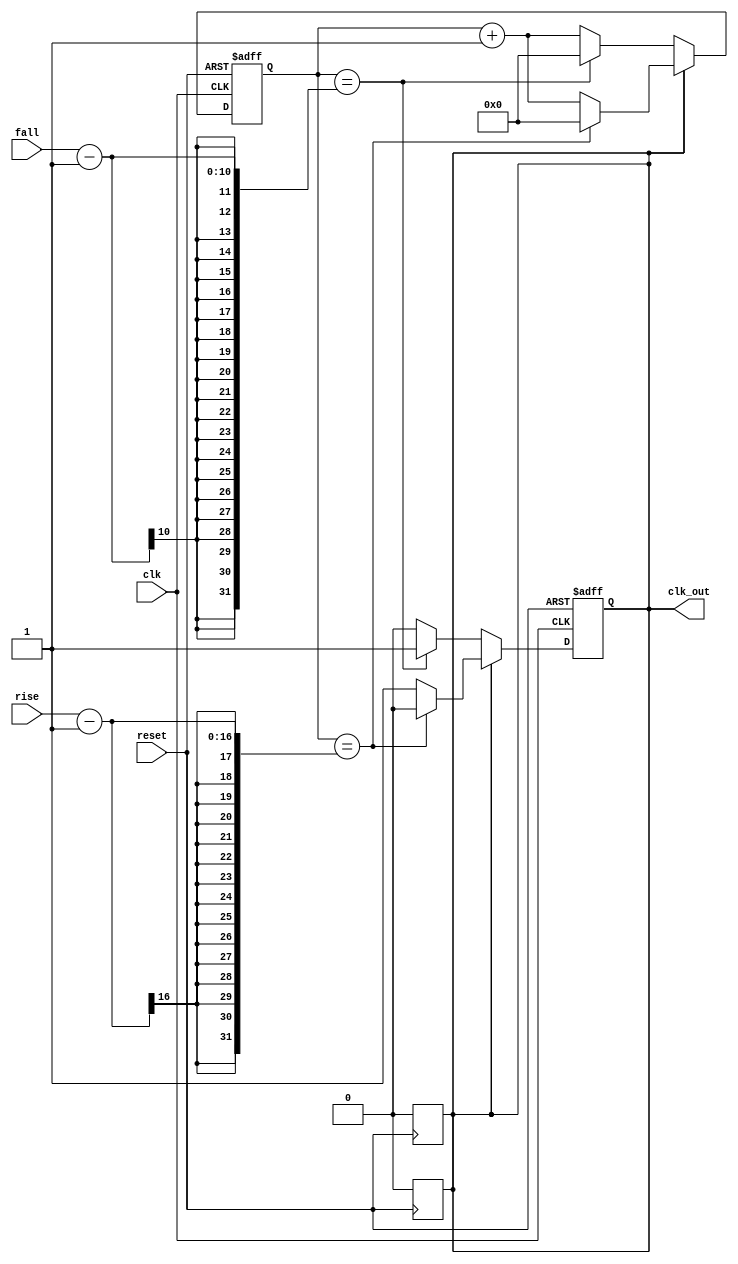
/*Copyright [2018] [Siddhant Mahapatra]

Licensed under the Apache License, Version 2.0 (the "License");
you may not use this file except in compliance with the License.
You may obtain a copy of the License at

    https://github.com/Robosid/Drone-Intelligence/blob/master/License.rtf
    https://github.com/Robosid/Drone-Intelligence/blob/master/License.pdf

Unless required by applicable law or agreed to in writing, software
distributed under the License is distributed on an "AS IS" BASIS,
WITHOUT WARRANTIES OR CONDITIONS OF ANY KIND, either express or implied.
See the License for the specific language governing permissions and
limitations under the License.
*/
 
module sqwaveGen(clk,reset,rise,fall,clk_out);
input wire clk;
input wire reset;
output wire clk_out;
input wire [15:0] rise; 
input wire [9:0] fall;
reg [15:0] count, count_on, count_off;
reg  pos_or_neg;
 
always @(posedge reset)
begin
	pos_or_neg <=0;
		
end
always @(posedge clk, negedge reset) 
begin
    if(~reset) 
		begin
		count<= 0;
		//count <= 0;
      		pos_or_neg <=1;
		end
		
	else  if ( (pos_or_neg ==1) ) 
	begin
		
		if ((count == count_on-1) ) 
		begin 
			count <=0;
			pos_or_neg <=0;  	  
		end
		
		else 
			count <= count+1;
	end
	else  if ( (pos_or_neg ==0) ) 
	begin
	
		if ((count == count_off-1) )
		begin 
			count <=0;
			pos_or_neg <=1;  	  
		end
		
		else 
			count <= count+1;
	end
end

always @(posedge reset)
begin
	pos_or_neg <= 0;
		
end
 
always @(rise, fall)
begin
count_on <= rise;
count_off <= fall;	
end	
 
assign clk_out = pos_or_neg;
 
endmodule